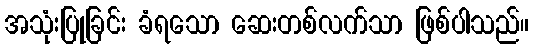
အသုံးပြုခြင်း ခံရသော ဆေးတစ်လက်သာ ဖြစ်ပါသည်။